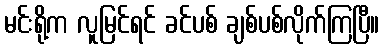
မင်းရို့က လူမြင်ရင် ခင်ပစ် ချစ်ပစ်လိုက်ကြပြီ။